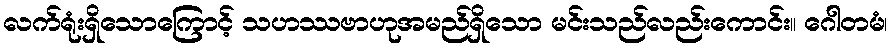
လက်ရုံးရှိသောကြောင့် သဟဿဗာဟုအမည်ရှိသော မင်းသည်လည်းကောင်း။ ဂေါတမံ၊